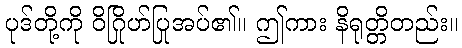
ပုဒ်တို့ကို ဝိဂြိုဟ်ပြုအပ်၏။ ဤကား နိရုတ္တိတည်း။